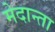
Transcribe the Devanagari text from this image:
मेदान्ता